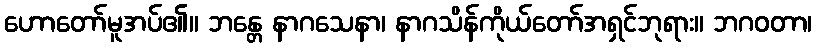
ဟောတော်မူအပ်၏။ ဘန္တေ နာဂသေနာ၊ နာဂသိန်ကိုယ်တော်အရှင်ဘုရား။ ဘဂဝတာ၊